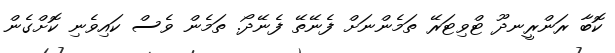
ކޮބާ ރަންރީނދޫ ޓްވިޓަރޭ ތަމެންނަށް ފެނޭތޭ ފެނޭދޯ. ތަމެން ވެސް ކައިވެނި ކޮށްގެން